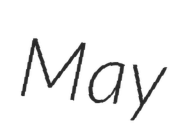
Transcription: May